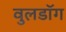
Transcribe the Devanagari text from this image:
वुलडॉग